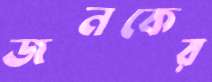
জনকের